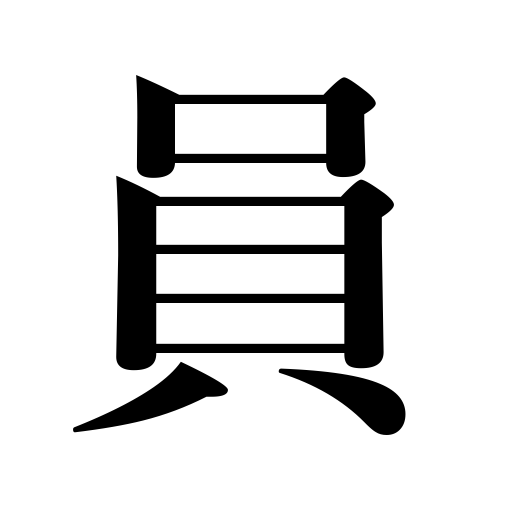
Meanings: the one in charge,member,number